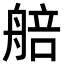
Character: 𦩜